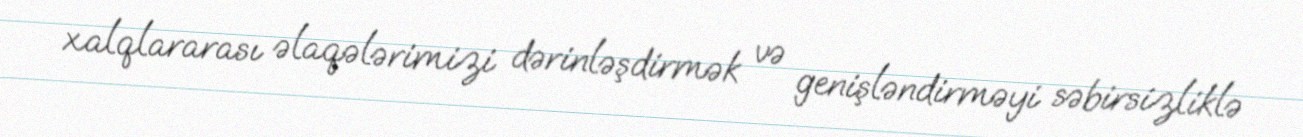
xalqlararası əlaqələrimizi dərinləşdirmək və genişləndirməyi səbirsizliklə